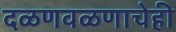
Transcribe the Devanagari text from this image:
दळणवळणाचेही